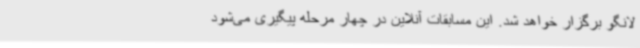
لانگو برگزار خواهد شد. این مسابقات آنلاین در چهار مرحله پیگیری می‌شود